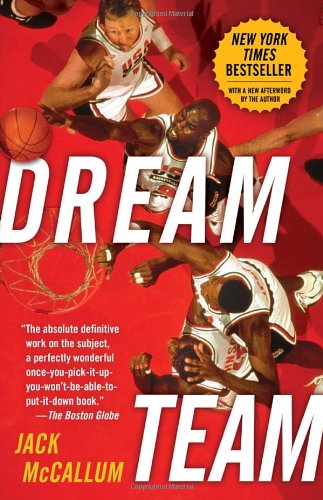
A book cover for Dream Team: How Michael, Magic, Larry, Charles, and the Greatest Team of All Time Conquered the World and Changed the Game of Basketball Forever; Jack McCallum; Biographies & Memoirs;